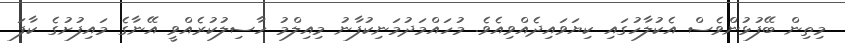
މިތިން ބޭފުޅުންވެސް އެކުލާހުގައި ކިޔަވައިދެއްވިއެވެ. މުހައްމަދުމަނިކުފާނު މިއިލްމު ހާސިލުކުރެއްވީ އޭނާގެ މައިފުށުގެ ކާފަ